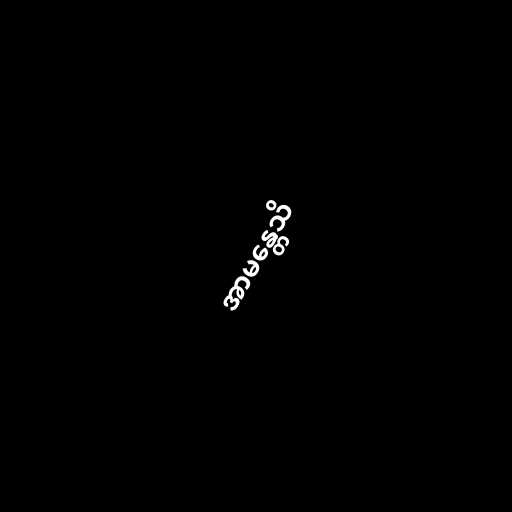
အာမန္တေသိ